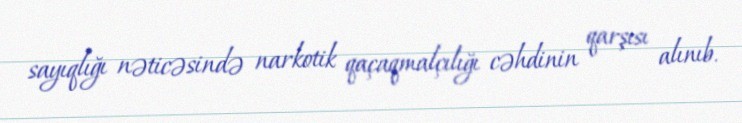
sayıqlığı nəticəsində narkotik qaçaqmalçılığı cəhdinin qarşısı alınıb.